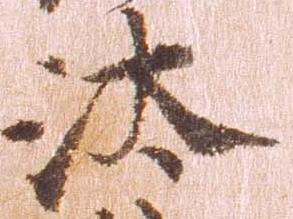
汰